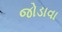
જોડાવા